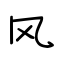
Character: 风